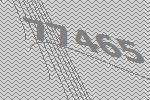
77465